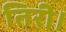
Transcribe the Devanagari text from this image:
तिरी।